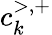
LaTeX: c_{k}^{>,+}